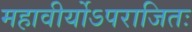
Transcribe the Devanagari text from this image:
महावीर्योऽपराजितः